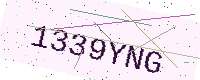
Text: 1339YNG